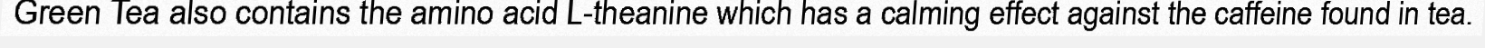
Green Tea also contains the amino acid L-theanine which has a calming effect against the caffeine found in tea.